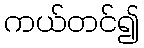
ကယ်တင်၍